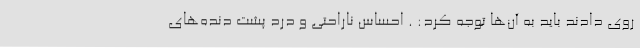
روی دادند باید به آن‌ها توجه کرد: . احساس ناراحتی و درد پشت دنده‌های